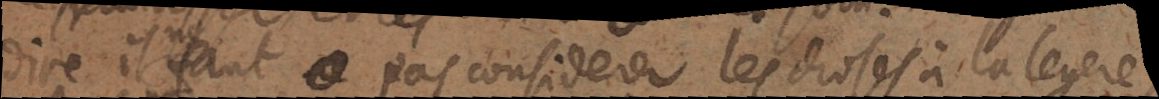
dire il ne faut pas considerer les choses à la legere,